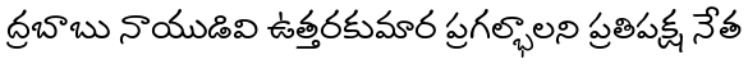
ద్రబాబు నాయుడివి ఉత్తరకుమార ప్రగల్భాలని ప్రతిపక్ష నేత